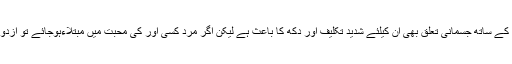
اگرچہ مرد کا کسی دوسری خاتون کے ساتھ جسمانی تعلق بھی ان کیلئے شدید تکلیف اور دکھ کا باعث ہے لیکن اگر مرد کسی اور کی محبت میں مبتلاءہوجائے تو ازدواجی رشتہ خطرے میں پڑجاتا ہے۔